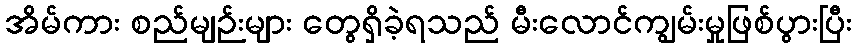
အိမ်ကား စည်မျဉ်းများ တွေရှိခဲ့ရသည် မီးလောင်ကျွမ်းမှုဖြစ်ပွားပြီး